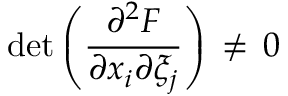
\operatorname * { d e t } \left( { \frac { \partial \sp 2 F } { \partial x _ { i } \partial \xi _ { j } } } \right) \, \ne \, 0